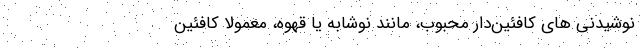
نوشیدنی های کافئین‌دار محبوب، مانند نوشابه یا قهوه، معمولا کافئین